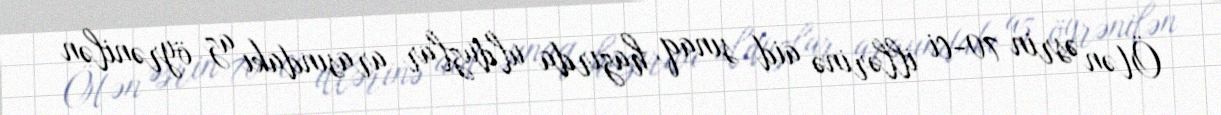
Ötən əsrin 70-ci illərinə aid sınaq, hazırda ulduzlar arasındakı az öyrənilən